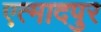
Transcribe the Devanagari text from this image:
एत्मादपुर